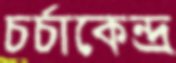
চর্চাকেন্দ্র